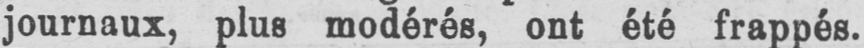
journaux, plus modérés, ont été frappés.